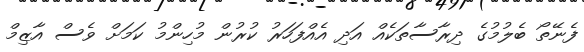
ފެނޭތޯ ބެލުމުގެ ދިރާސާތަކެއް އަދި އެއްފަހަރު ކުރުން މުހިންމު ކަމަށް ވެސް އާޒިމް